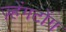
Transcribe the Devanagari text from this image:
ज़्हेंगटोंग